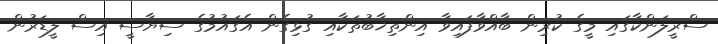
ސްރީލަންކާގައި މީގެ ކުރިން ބާއްވާފައިވާ އިންތިޚާބުތަކާއި ގުޅިގެން އެގައުމުގެ ސިޔާސީ އިސް ލީޑަރުން